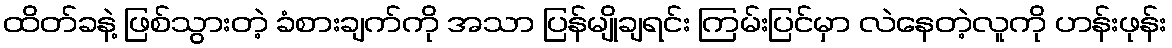
ထိတ်ခနဲ့ ဖြစ်သွားတဲ့ ခံစားချက်ကို အသာ ပြန်မျိုချရင်း ကြမ်းပြင်မှာ လဲနေတဲ့လူကို ဟန်းဖုန်း